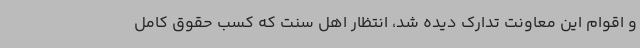
و اقوام این معاونت تدارک دیده شد، انتظار اهل سنت که کسب حقوق کامل